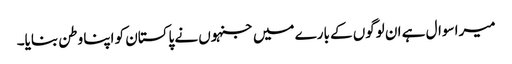
میرا سوال ہے ان لوگوں کے بارے میں جنہوں نے پاکستان کو اپنا وطن بنایا۔